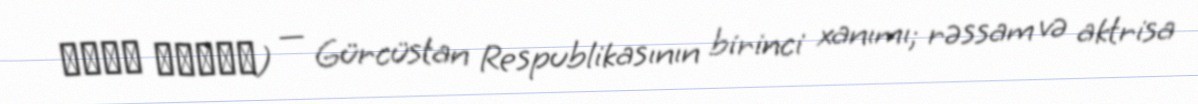
მაკა ჩიჩუა) — Gürcüstan Respublikasının birinci xanımı; rəssam və aktrisa